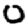
Digit: 0